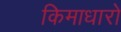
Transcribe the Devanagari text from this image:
किमाधारो